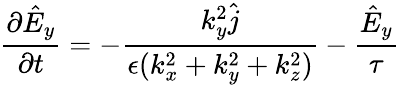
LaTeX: \frac{\partial\hat{E}_{y}}{\partial t}=-\frac{k_{y}^{2}\hat{{j}}}{\epsilon(k_{x}^{2}+k_{y}^{2}+k_{z}^{2})}-\frac{\hat{E}_{y}}{\tau}